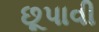
છૂપાવી